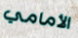
الأمامي